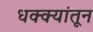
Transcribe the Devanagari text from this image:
धक्क्यांतून